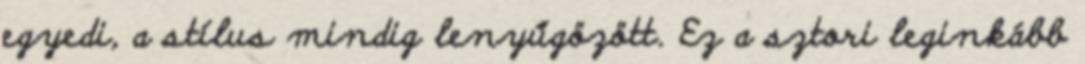
egyedi, a stílus mindig lenyűgözött. Ez a sztori leginkább